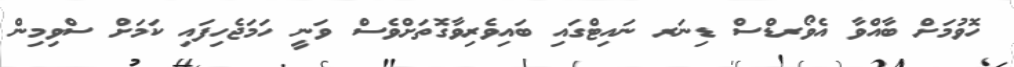
ހޮވުމަށް ބާއްވާ އެވޯރޑްސް ޑިނަރ ނައިޓްގައި ބައިވެރިވާގޮތަށްވެސް ވަނީ ހަމަޖެހިފައި ކަމަށް ސްވިމިން